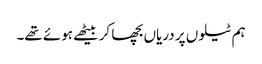
ہم ٹیلوں پر دریاں بچھا کر بیٹھے ہوئے تھے۔